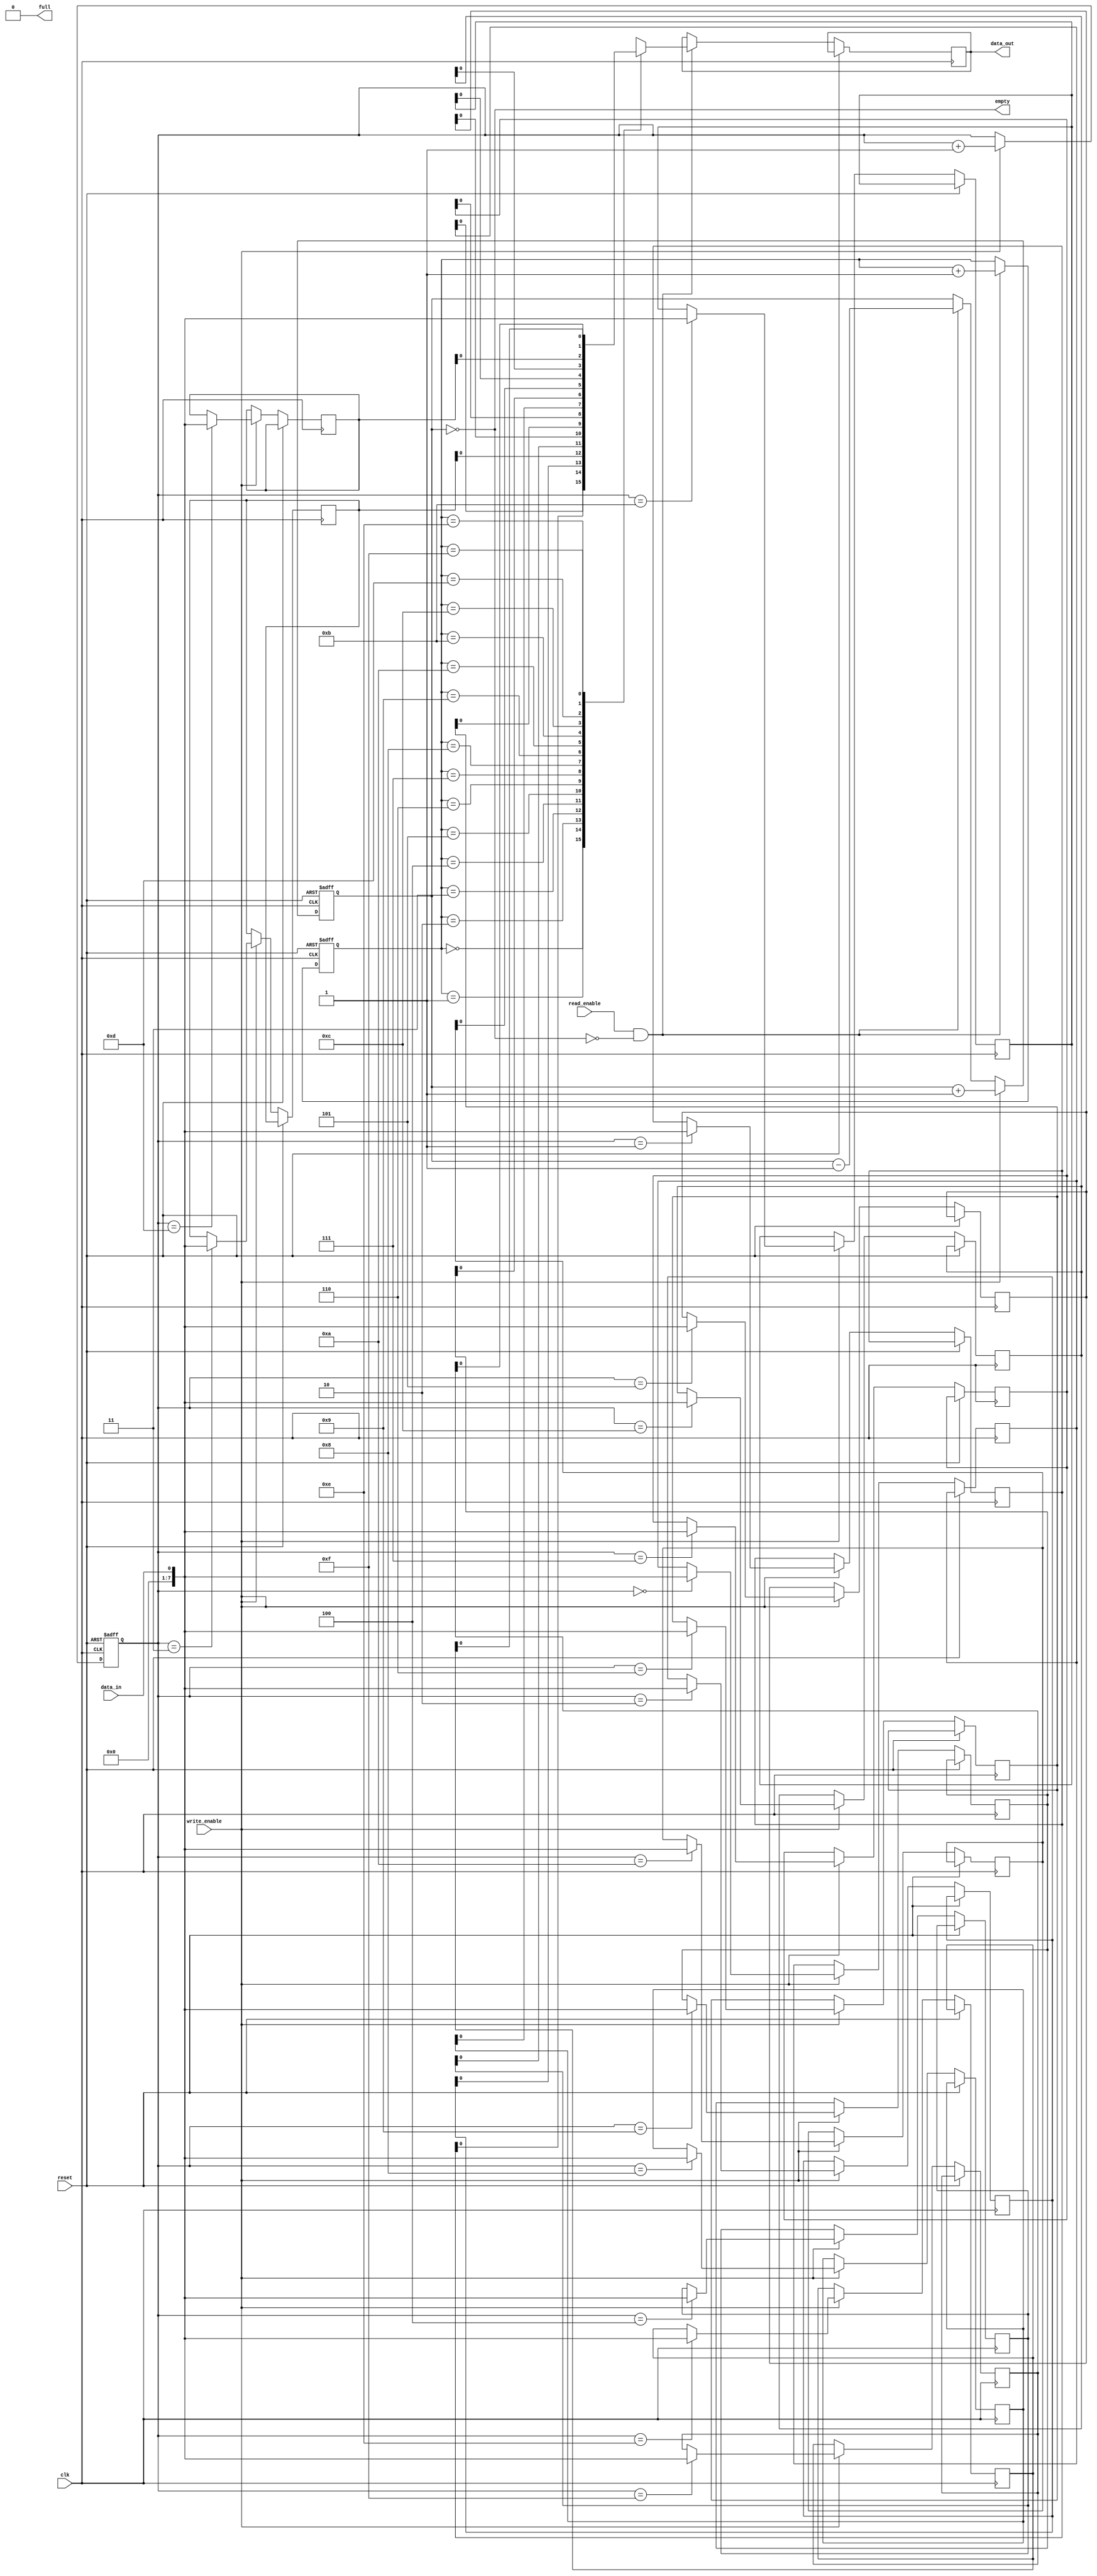
module bidirectional_fifo (
    input wire clk,
    input wire reset,
    input wire read_enable,
    input wire write_enable,
    input wire data_in,
    output reg data_out,
    output wire empty,
    output wire full
);

parameter DEPTH = 16;
reg [7:0] fifo [0:DEPTH-1];
reg [3:0] read_pointer;
reg [3:0] write_pointer;
reg [3:0] fifo_depth;
reg [3:0] fifo_count;

assign full = (fifo_count == DEPTH);
assign empty = (fifo_count == 0);

always @(posedge clk or posedge reset) begin
    if (reset) begin
        read_pointer <= 4'b0000;
        write_pointer <= 4'b0000;
        fifo_depth <= DEPTH;
        fifo_count <= 0;
    end else begin
        if (read_enable && !empty) begin
            data_out <= fifo[read_pointer];
            read_pointer <= read_pointer + 1;
            fifo_count <= fifo_count - 1;
        end
        
        if (write_enable && !full) begin
            fifo[write_pointer] <= data_in;
            write_pointer <= write_pointer + 1;
            fifo_count <= fifo_count + 1;
        end
    end
end

endmodule